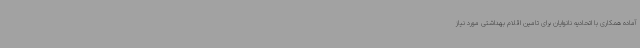
آماده همکاری با اتحادیه نانوایان برای تامین اقلام بهداشتی مورد نیاز